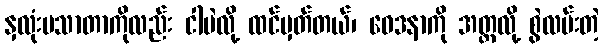
နှလုံးမသာတာကိုလည်း ငါပဲလို့ ထင်မှတ်တယ်၊ ဝေဒနာကို အတ္တလို့ စွဲလမ်းတဲ့